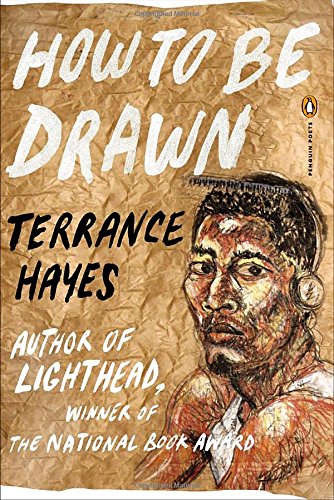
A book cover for How to Be Drawn (Poets, Penguin); Terrance Hayes; Literature & Fiction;